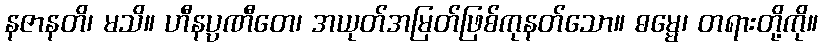
နဇာနတိ၊ မသိ။ ဟီနပ္ပဏီတေ၊ အယုတ်အမြတ်ဖြစ်ကုနတ်သော။ ဓမ္မေ၊ တရားတို့ကို။